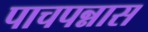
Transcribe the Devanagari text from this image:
पाचपन्नास